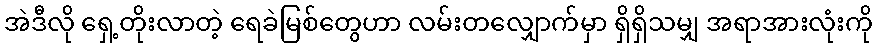
အဲဒီလို ရှေ့တိုးလာတဲ့ ရေခဲမြစ်တွေဟာ လမ်းတလျှောက်မှာ ရှိရှိသမျှ အရာအားလုံးကို